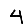
Digit: 4